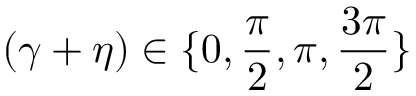
( \gamma + \eta ) \in \{ 0 , \frac { \pi } { 2 } , \pi , \frac { 3 \pi } { 2 } \}